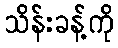
သိန်းခန့်ကို